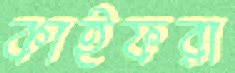
কাইফরা